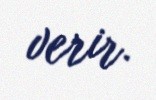
verir.